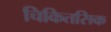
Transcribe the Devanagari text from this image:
चिकितसिक